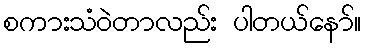
စကားသံဝဲတာလည်း ပါတယ်နော်။